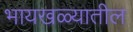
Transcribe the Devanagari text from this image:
भायखळ्यातील